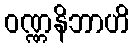
ဝဏ္ဏနိဘာဟိ